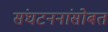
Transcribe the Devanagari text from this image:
संघटननांसोबत